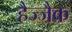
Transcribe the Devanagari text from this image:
हैज्जैक